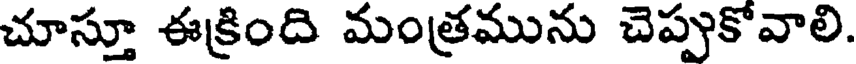
చూస్తూ ఈక్రింది మంత్రమును చెప్పుకోవాలి.